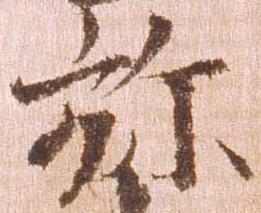
弥